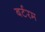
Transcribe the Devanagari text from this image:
बर्टरम